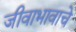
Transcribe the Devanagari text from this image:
जीवाभावाचे